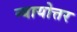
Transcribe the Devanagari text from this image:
न्यायोत्तर